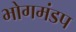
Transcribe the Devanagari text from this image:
भोगमंडप